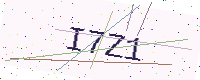
Text: I7Z1